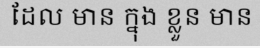
ដែល មាន ក្នុង ខ្លួន មាន